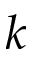
k